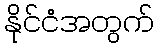
နိုင်ငံအတွက်